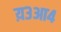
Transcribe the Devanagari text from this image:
य़३आ४